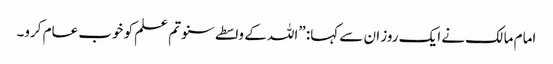
امام مالک نے ایک روز ان سے کہا: ”اللہ کے واسطے سنو تم علم کو خوب عام کرو۔